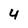
Character: 4